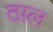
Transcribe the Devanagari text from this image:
ठाल